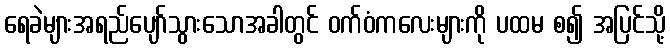
ရေခဲများအရည်ပျော်သွားသောအခါတွင် ဝက်ဝံကလေးများကို ပထမ စ၍ အပြင်သို့